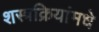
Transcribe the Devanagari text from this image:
शस्त्रक्रियांमधे